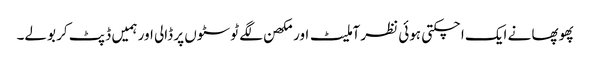
پھوپھا نے ایک اچکتی ہوئی نظر آملیٹ اور مکھن لگے ٹوسٹوں پر ڈالی اور ہمیں ڈپٹ کر بولے۔